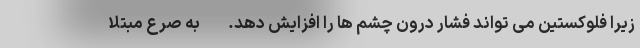
زیرا فلوکستین می تواند فشار درون چشم ها را افزایش دهد. - به صرع مبتلا